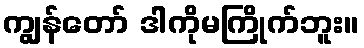
ကျွန်တော် ဒါကိုမကြိုက်ဘူး။